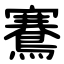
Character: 鶱